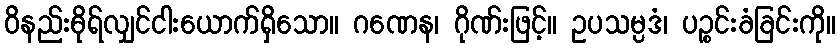
ဝိနည်းဓိုရ်လျှင်ငါးယောက်ရှိသော။ ဂဏေန၊ ဂိုဏ်းဖြင့်။ ဥပသမ္ပဒံ၊ ပဉ္စင်းခံခြင်းကို။